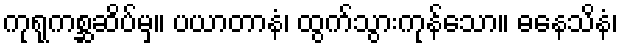
ကုရုကစ္ဆဆိပ်မှ။ ပယာတာနံ၊ ထွက်သွားကုန်သော။ ဓနေသိနံ၊